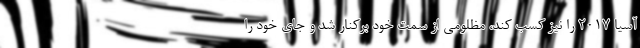
آسیا ۲۰۱۷ را نیز کسب کند، مظلومی از سمت خود برکنار شد و جای خود را